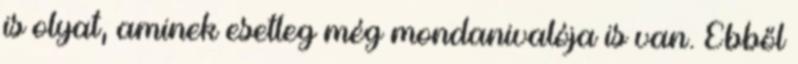
is olyat, aminek esetleg még mondanivalója is van. Ebből